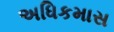
અધિકમાસ